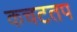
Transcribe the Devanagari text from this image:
कचटतप